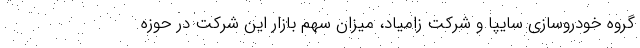
گروه خودروسازی سایپا و شرکت زامیاد، میزان سهم بازار اين شركت در حوزه